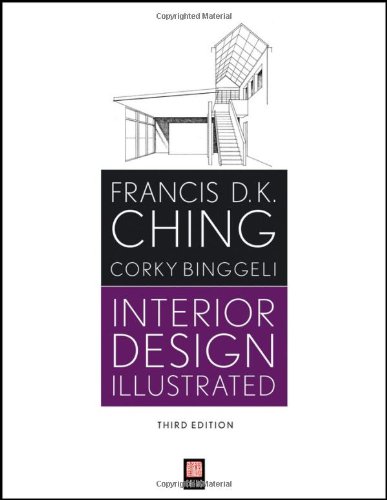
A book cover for Interior Design Illustrated; Francis D. K. Ching; Arts & Photography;